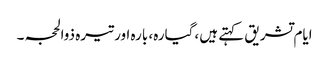
ایام تشریق کہتے ہیں ،گیارہ، بارہ اور تیرہ ذوالحجہ ۔